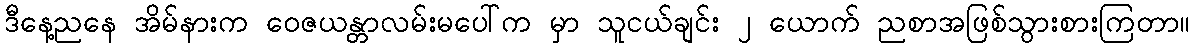
ဒီနေ့ညနေ အိမ်နားက ဝေဇယန္တာလမ်းမပေါ်က မှာ သူငယ်ချင်း ၂ ယောက် ညစာအဖြစ်သွားစားကြတာ။